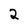
Character: 2